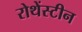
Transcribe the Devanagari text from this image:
रोथेंस्टीन